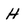
Character: H